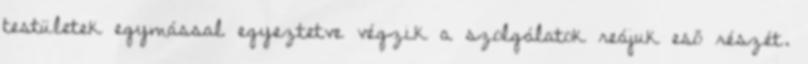
testületek egymással egyeztetve végzik a szolgálatok reájuk eső részét.